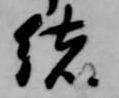
緒